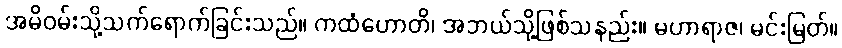
အမိဝမ်းသို့သက်ရောက်ခြင်းသည်။ ကထံဟောတိ၊ အဘယ်သို့ဖြစ်သနည်း။ မဟာရာဇ၊ မင်းမြတ်။